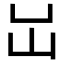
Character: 𡴳